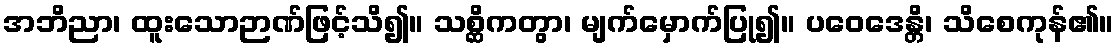
အဘိညာ၊ ထူးသောဉာဏ်ဖြင့်သိ၍။ သစ္ဆိကတွာ၊ မျက်မှောက်ပြု၍။ ပဝေဒေန္တိ၊ သိစေကုန်၏။